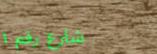
شارع رقم ١